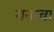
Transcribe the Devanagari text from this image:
गनांचा